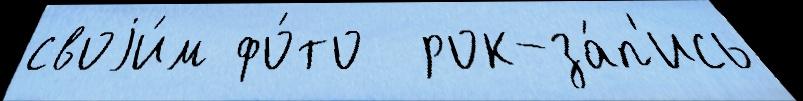
своjи́м фо́то  рок-за́п'ись